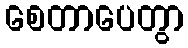
စေတာပေတွာ